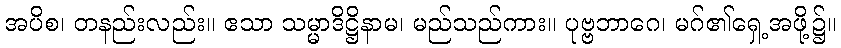
အပိစ၊ တနည်းလည်း။ ဧသာ သမ္မာဒိဋ္ဌိနာမ၊ မည်သည်ကား။ ပုဗ္ဗဘာဂေ၊ မဂ်၏ရှေ့အဖို့၌။